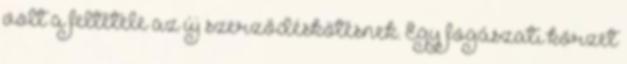
volt a feltétele az új szerződéskötésnek. Egy fogászati körzet